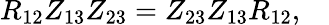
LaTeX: R_{12}Z_{13}Z_{23}=Z_{23}Z_{13}R_{12},\quad